Vaccination report Assam 1874-1896 - 1874-1896
Year: 1874
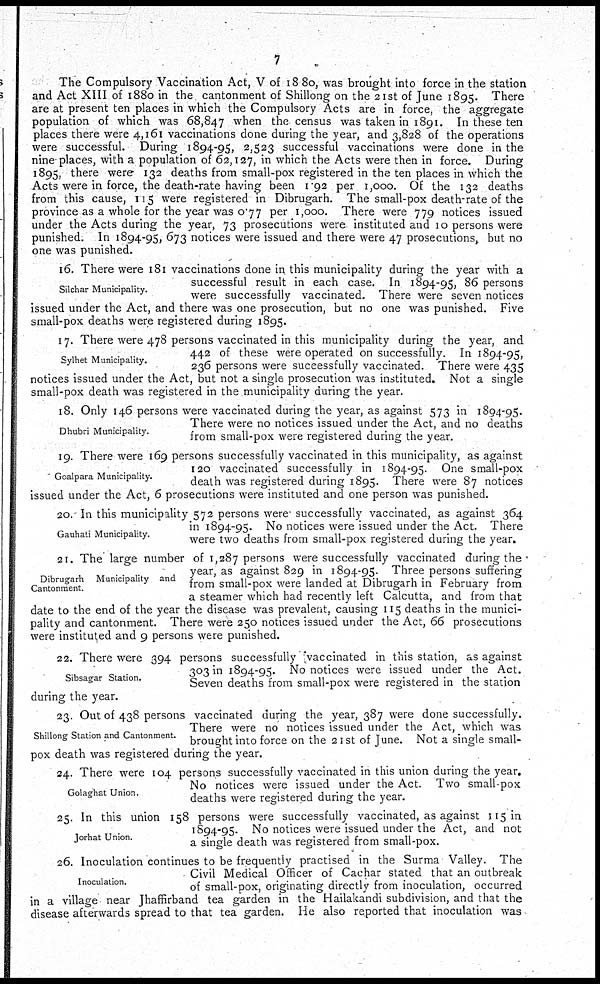
7
The Compulsory Vaccination Act, V of 1880, was brought into force in the station
and Act XIII of 1880 in the cantonment of Shillong on the 21st of June 1895. There
are at present ten places in which the Compulsory Acts are in force, the aggregate
population of which was 68,847 when the census was taken in 1891. In these ten
places there were 4,161 vaccinations done during the year, and 3,828 of the operations
were successful. During 1894-95, 2,523 successful vaccinations were done in the
nine places, with a population of 62,127, in which the Acts were then in force. During
1895, there were 132 deaths from small-pox registered in the ten places in which the
Acts were in force, the death-rate having been 1.92 per 1,000. Of the 132 deaths
from this cause, 115 were registered in Dibrugarh. The small-pox death-rate of the
province as a whole for the year was 0.77 per 1,000. There were 779 notices issued
under the Acts during the year, 73 prosecutions were instituted and 10 persons were
punished. In 1894-95, 673 notices were issued and there were 47 prosecutions, but no
one was punished.
Silchar Municipality.
16. There were 181 vaccinations done in this municipality during the year with a
successful result in each case. In 1894-95, 86 persons
were successfully vaccinated. There were seven notices
issued under the Act, and there was one prosecution, but no one was punished. Five
small-pox deaths were registered during 1895.
Sylhet Municipality.
17. There were 478 persons vaccinated in this municipality during the year, and
442 of these were operated on successfully. In 1894-95,
236 persons were successfully vaccinated. There were 435
notices issued under the Act, but not a single prosecution was instituted. Not a single
small-pox death was registered in the municipality during the year.
Dhubri Municipality.
18. Only 146 persons were vaccinated during the year, as against 573 in 1894-95.
There were no notices issued under the Act, and no deaths
from small-pox were registered during the year.
Goalpara Municipality.
19. There were 169 persons successfully vaccinated in this municipality, as against
120 vaccinated successfully in 1894-95. One small-pox
death was registered during 1895. There were 87 notices
issued under the Act, 6 prosecutions were instituted and one person was punished.
Gauhati Municipality.
20. In this municipality 572 persons were successfully vaccinated, as against 364
in 1894-95. No notices were issued under the Act. There
were two deaths from small-pox registered during the year.
Dibrugarh Municipality and
Cantonment.
21. The large number of 1,287 persons were successfully vaccinated during the
year, as against 829 in 1894-95. Three persons suffering
from small-pox were landed at Dibrugarh in February from
a steamer which had recently left Calcutta, and from that
date to the end of the year the disease was prevalent, causing 115 deaths in the munici-
pality and cantonment. There were 250 notices issued under the Act, 66 prosecutions
were instituted and 9 persons were punished.
Sibsagar Station.
22. There were 394 persons successfully vaccinated in this station, as against
303 in 1894-95. No notices were issued under the Act.
Seven deaths from small-pox were registered in the station
during the year.
Shillong Station and Cantonment.
23. Out of 438 persons vaccinated during the year, 387 were done successfully.
There were no notices issued under the Act, which was
brought into force on the 21st of June. Not a single small-
pox death was registered during the year.
Golaghat Union.
24. There were 104 persons successfully vaccinated in this union during the year.
No notices were issued under the Act. Two small-pox
deaths were registered during the year.
Jorhat Union.
25. In this union 158 persons were successfully vaccinated, as against 115 in
1894-95. No notices were issued under the Act, and not
a single death was registered from small-pox.
Inoculation.
26. Inoculation continues to be frequently practised in the Surma Valley. The
Civil Medical Officer of Cachar stated that an outbreak
of small-pox, originating directly from inoculation, occurred
in a village near Jhaffirband tea garden in the Hailakandi subdivision, and that the
disease afterwards spread to that tea garden. He also reported that inoculation was